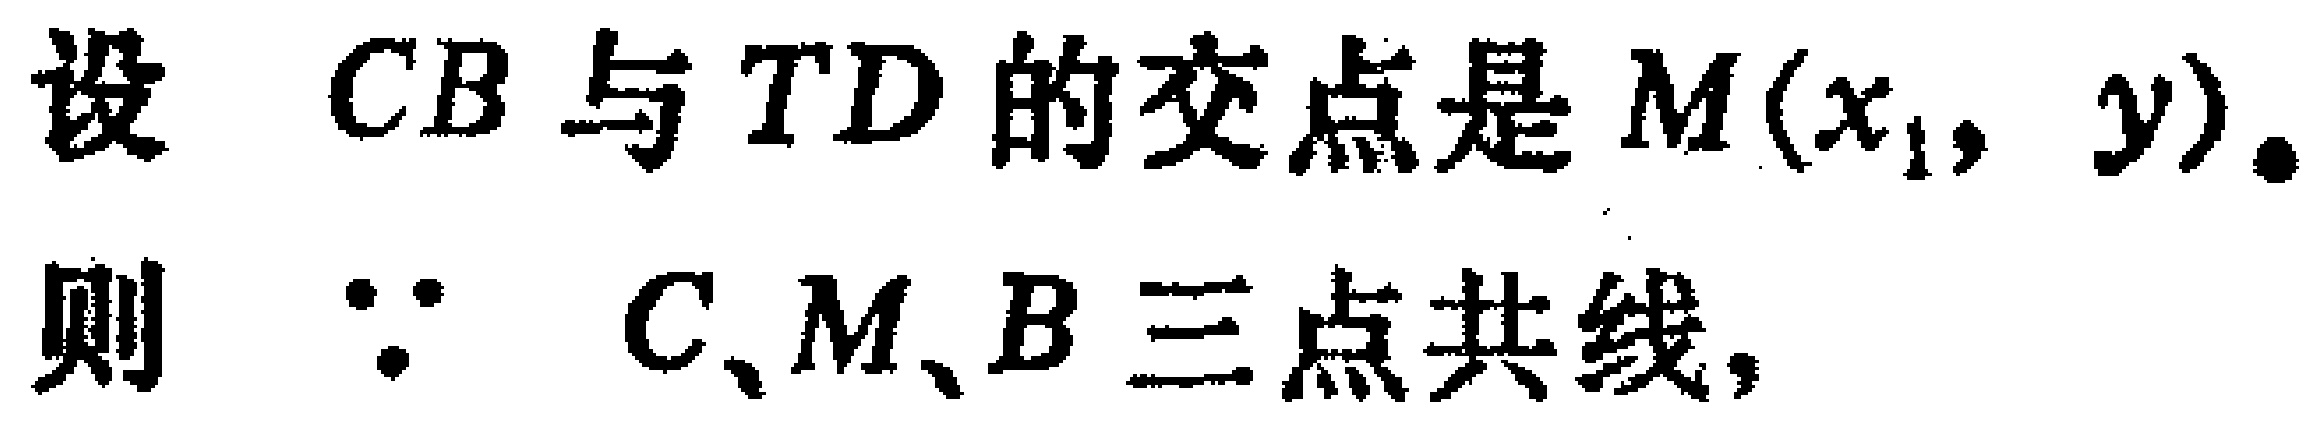
设 \(CB\) 与 \(TD\) 的交点是 \(M(x_{1},y)\)。
则 \(\because\) \(C、M、B\) 三点共线，